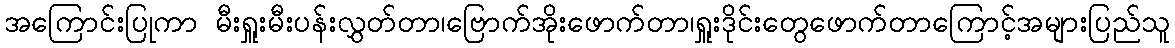
အကြောင်းပြုကာ မီးရှူးမီးပန်းလွှတ်တာ၊ဗြောက်အိုးဖောက်တာ၊ရှူးဒိုင်းတွေဖောက်တာကြောင့်အများပြည်သူ